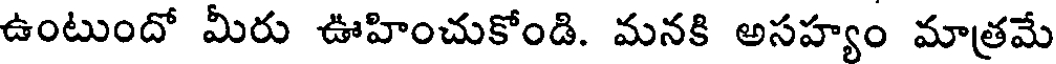
ఉంటుందో మీరు ఊహించుకోండి. మనకి అసహ్యం మాత్రమే